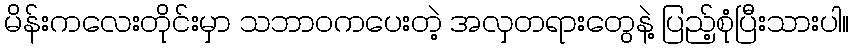
မိန်းကလေးတိုင်းမှာ သဘာဝကပေးတဲ့ အလှတရားတွေနဲ့ ပြည့်စုံပြီးသားပါ။